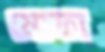
মোফা